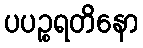
ပပဉ္စရတိနော